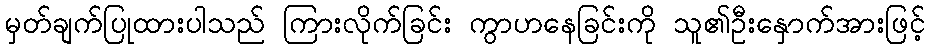
မှတ်ချက်ပြုထားပါသည် ကြားလိုက်ခြင်း ကွာဟနေခြင်းကို သူ၏ဦးနှောက်အားဖြင့်